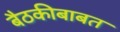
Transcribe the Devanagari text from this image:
बैठकीबाबत